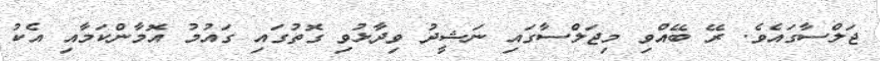
ޖަލްސާގައެވެ. ރޭ ބޭއްވި މިޖަލްސާގައި ނަޝީދު ވިދާޅުވި ގޮތުގައި ގައުމު އޮމާންކަމާއި އެކު